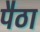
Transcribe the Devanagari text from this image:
पैठा